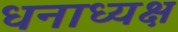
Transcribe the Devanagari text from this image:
धनाध्यक्ष